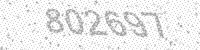
Solution: 802697